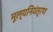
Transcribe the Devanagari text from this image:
मूल्यनियंत्रण